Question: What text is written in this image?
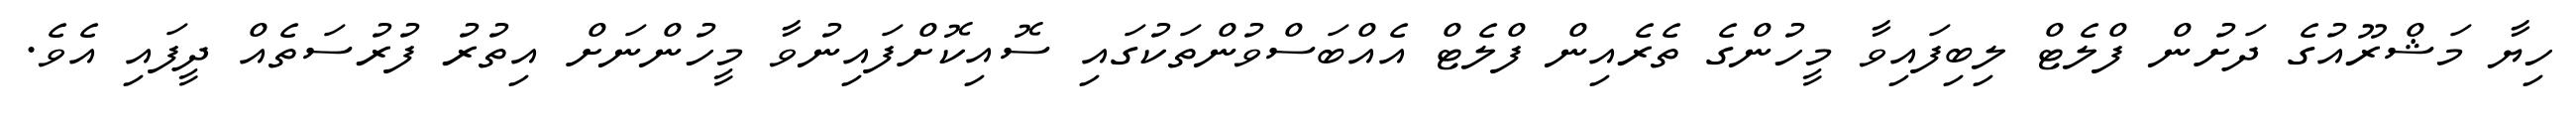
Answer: ހިޔާ މަޝްރޫއުގެ ދަށުން ފްލެޓް ލިބިފައިވާ މީހުންގެ ތެރެއިން ފްލެޓް އެއްބަސްވުންތަކުގައި ސޮއިކޮށްފައިނުވާ މީހުންނަށް އިތުރު ފުރުސަތެއް ދީފައި އެވެ.